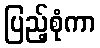
ပြည့်စုံကာ